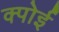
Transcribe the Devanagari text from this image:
क्पोई